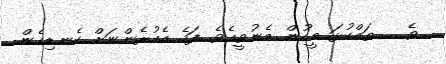
ވެ   ތައްކުޅަ މީހުން މެނުވީއެވެ. ފަހެ އެއުރެންނަށް ކެނޑިގެން